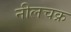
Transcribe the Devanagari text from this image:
नीलचक्र